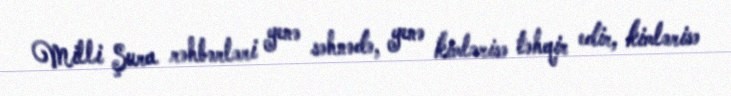
Milli Şura rəhbərləri yenə səhnədə, yenə kimlərisə təhqir edir, kimlərisə